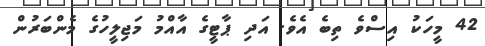
42 މީހަކު އިސްވެ ތިބެ އެވެ. އަދި ޕާޓީގެ އާއްމު މަޖިލީހުގެ މެންބަރުން